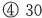
④30